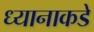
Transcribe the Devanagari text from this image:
ध्यानाकडे